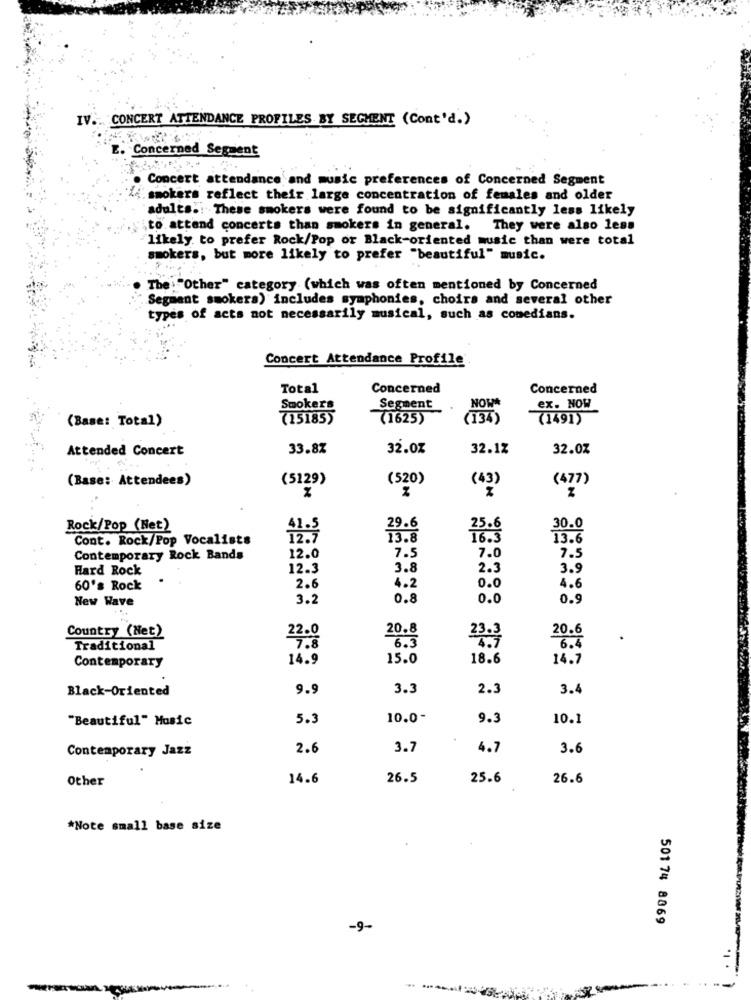
IV .: CONCERT ATTENDANCE PROFILES BY SEGMENT (Cont'd.)
E. Concerned Seguent
Concert attendance and music preferences of Concerned Segment
smokers reflect their large concentration of females and older
adults .: These smokers were found to be significantly less likely
to attend concerts than smokers in general. They were also less
likely to prefer Rock/Pop or Black-oriented music than were total
smokers, but more likely to prefer "beautiful" music.
The:"Other" category (which was often mentioned by Concerned
Segment smokers) includes symphonies, choirs and several other
types of acts not necessarily musical, such as comedians.
Concert Attendance Profile
Total
Concerned
Concerned
NOWA
Smokers
Segment
ex. NOW
(Base: Total)
715185>
(1625)
(134)
(1491)
Attended Concert
33.8%
32.0%
32.12
32.0%
(Base: Attendees)
(5129)
(520)
(43)
(477)
%
Rock/Pop (Net)
29.6
30.0
Cont. Rock/Pop Vocalists
12.7
13.8
16.3
13.6
7.5
Contemporary Rock Bands
12.0
7.0
7.5
Hard Rock
12.3
3.8
2.3
3.9
60's Rock
2.6
4.2
0.0
4.6
New Wave
3.2
0.8
0.0
0.
Country (Net)
20.8
20.6
22.0
6.5
Traditional
6.4
Contemporary
14.9
15.0
18.6
14.7
Black-Oriented
9.9
3.3
2.3
3.4
"Beautiful" Music
5.3
10.0-
9.3
10.1
Contemporary Jazz
2.6
3.7
4.7
3.6
Other
14.6
26.5
25.6
26.6
*Note small base size
501 74 8869
-9-